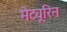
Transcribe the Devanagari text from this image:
मेट्यूरिन